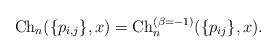
\begin{gather*}{\rm Ch}_{n}(\{p_{i,j}\},x) = {\rm Ch}_{n}^{(\beta = - 1)}(\{p_{ij}\},x).\end{gather*}